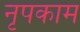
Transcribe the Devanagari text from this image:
नृपकाम